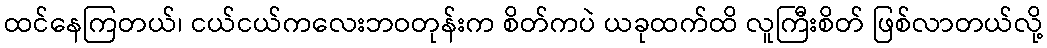
ထင်နေကြတယ်၊ ငယ်ငယ်ကလေးဘဝတုန်းက စိတ်ကပဲ ယခုထက်ထိ လူကြီးစိတ် ဖြစ်လာတယ်လို့